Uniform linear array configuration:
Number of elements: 16
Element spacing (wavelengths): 0.75
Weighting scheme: hann
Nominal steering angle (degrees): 60
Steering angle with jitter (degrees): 60.129
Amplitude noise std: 0.05
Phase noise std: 0.05

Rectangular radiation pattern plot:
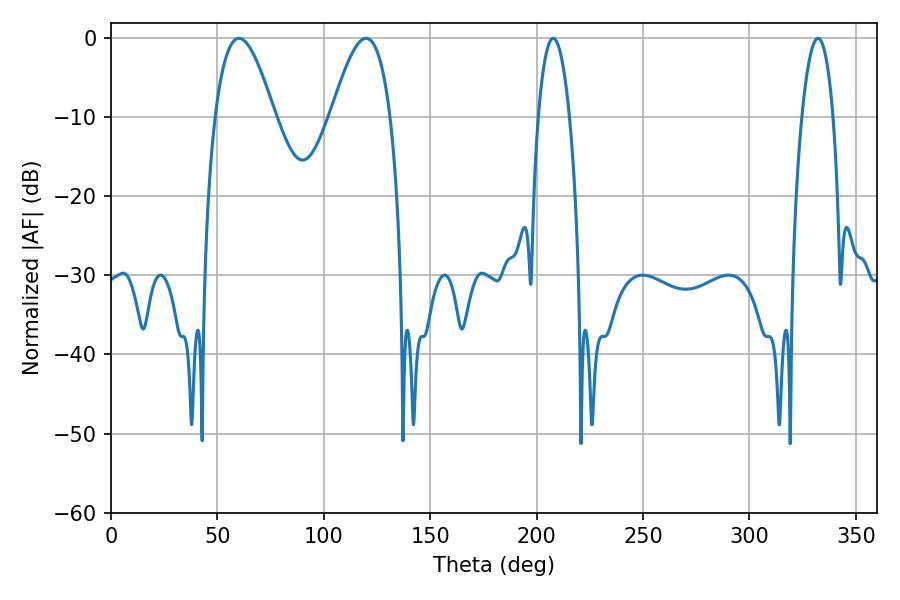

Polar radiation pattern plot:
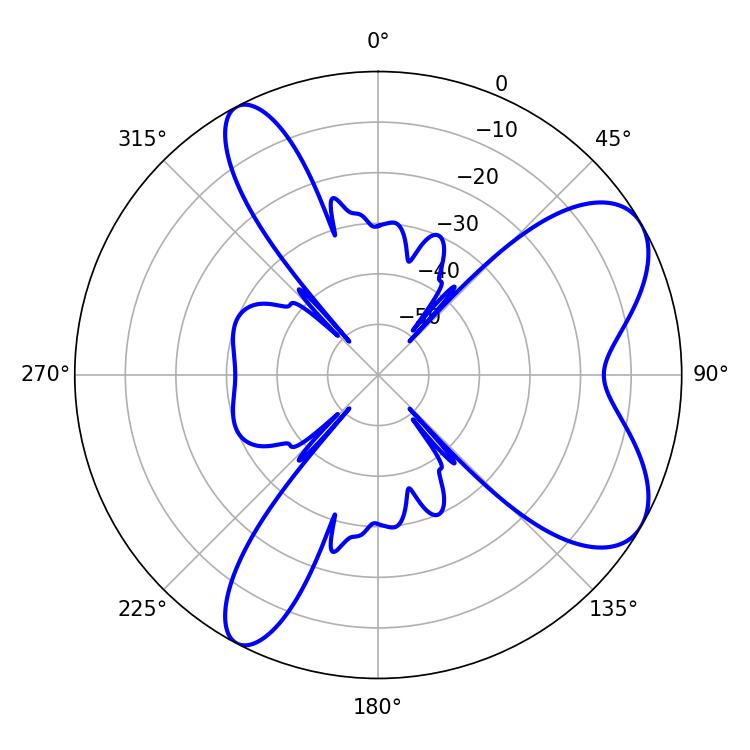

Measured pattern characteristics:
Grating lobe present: TRUE
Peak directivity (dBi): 7.324
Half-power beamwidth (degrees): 15.12
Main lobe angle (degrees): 119.88